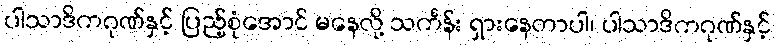
ပါသာဒိကဂုဏ်နှင့် ပြည့်စုံအောင် မနေလို့ သင်္ကန်း ရှားနေတာပါ၊ ပါသာဒိကဂုဏ်နှင့်